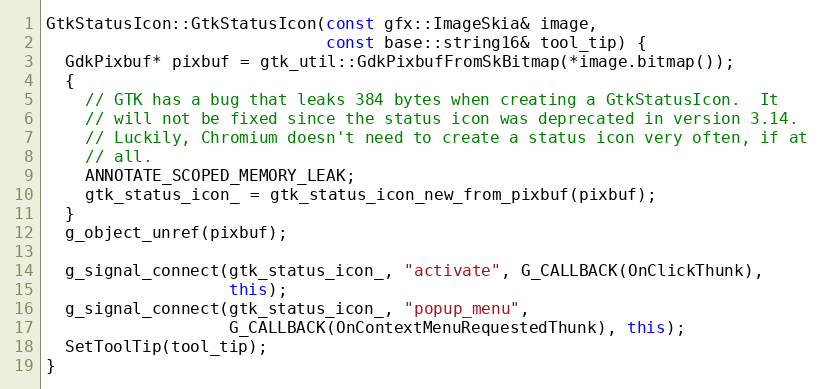
Language: C++
GtkStatusIcon::GtkStatusIcon(const gfx::ImageSkia& image,
                             const base::string16& tool_tip) {
  GdkPixbuf* pixbuf = gtk_util::GdkPixbufFromSkBitmap(*image.bitmap());
  {
    // GTK has a bug that leaks 384 bytes when creating a GtkStatusIcon.  It
    // will not be fixed since the status icon was deprecated in version 3.14.
    // Luckily, Chromium doesn't need to create a status icon very often, if at
    // all.
    ANNOTATE_SCOPED_MEMORY_LEAK;
    gtk_status_icon_ = gtk_status_icon_new_from_pixbuf(pixbuf);
  }
  g_object_unref(pixbuf);

  g_signal_connect(gtk_status_icon_, "activate", G_CALLBACK(OnClickThunk),
                   this);
  g_signal_connect(gtk_status_icon_, "popup_menu",
                   G_CALLBACK(OnContextMenuRequestedThunk), this);
  SetToolTip(tool_tip);
}